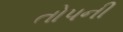
તોપની